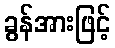
ခွန်အားဖြင့်